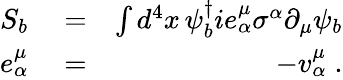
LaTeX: \begin{array}{rlr}{S_{b}}&{{}=}&{\int d^{4}x\, \psi_{b}^{\dagger}ie_{\alpha}^{\mu}\sigma^{\alpha}\partial_{\mu}\psi_{b}}\\ {e_{\alpha}^{\mu}}&{{}=}&{-v_{\alpha}^{\mu}\; .}\end{array}